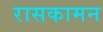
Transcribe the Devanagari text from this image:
रासकामन